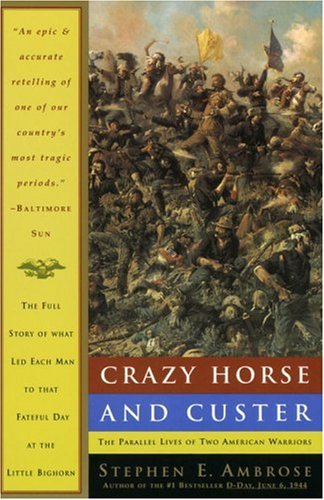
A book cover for Crazy Horse and Custer: The Parallel Lives of Two American Warriors; Stephen E. Ambrose; History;